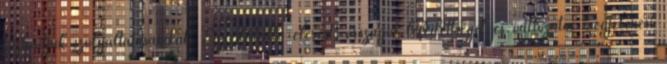
biztosítjuk szolgáltatásainkat. Egyedülálló elérést, országos lefedettséget és változatos megjelenési